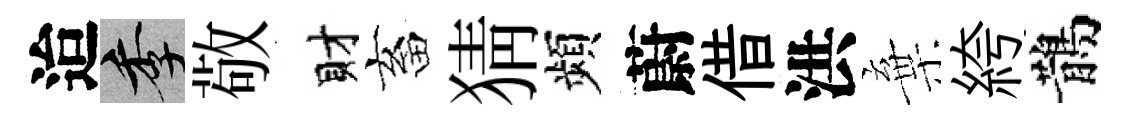
迨季敬財畜猜頻蔚借洪棄絝鵲